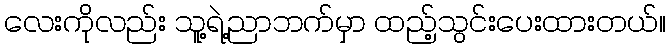
လေးကိုလည်း သူ့ရဲ့ညာဘက်မှာ ထည့်သွင်းပေးထားတယ်။